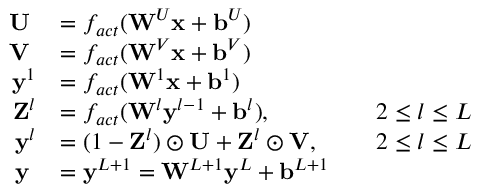
\begin{array} { r l r l } { \mathbf { U } \; } & { = f _ { a c t } ( \mathbf { W } ^ { U } \mathbf { x } + \mathbf { b } ^ { U } ) } & & { } \\ { \mathbf { V } \; } & { = f _ { a c t } ( \mathbf { W } ^ { V } \mathbf { x } + \mathbf { b } ^ { V } ) } & & { } \\ { \mathbf { y } ^ { 1 } } & { = f _ { a c t } ( \mathbf { W } ^ { 1 } \mathbf { x } + \mathbf { b } ^ { 1 } ) } & & { } \\ { \mathbf { Z } ^ { l } } & { = f _ { a c t } ( \mathbf { W } ^ { l } \mathbf { y } ^ { l - 1 } + \mathbf { b } ^ { l } ) , } & & { 2 \le l \le L } \\ { \mathbf { y } ^ { l } } & { = ( 1 - \mathbf { Z } ^ { l } ) \odot \mathbf { U } + \mathbf { Z } ^ { l } \odot \mathbf { V } , } & & { 2 \le l \le L } \\ { \mathbf { y } \; } & { = \mathbf { y } ^ { L + 1 } = \mathbf { W } ^ { L + 1 } \mathbf { y } ^ { L } + \mathbf { b } ^ { L + 1 } } & & { } \end{array}